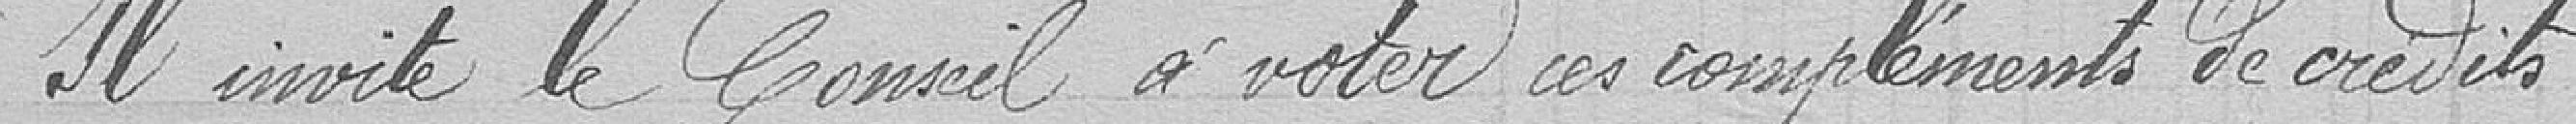
Il invite le Conseil à voter ces compléments de crédits